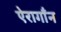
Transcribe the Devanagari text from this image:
ऐरागाँन